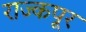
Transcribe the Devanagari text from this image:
राज्कपूर